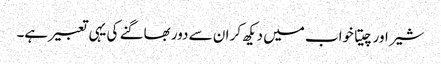
شیر اور چیتا خواب میں دیکھ کر ان سے دور بھاگنے کی یہی تعبیر ہے۔